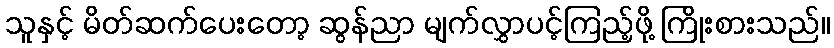
သူနှင့် မိတ်ဆက်ပေးတော့ ဆွန်ညာ မျက်လွှာပင့်ကြည့်ဖို့ ကြိုးစားသည်။